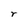
Character: r